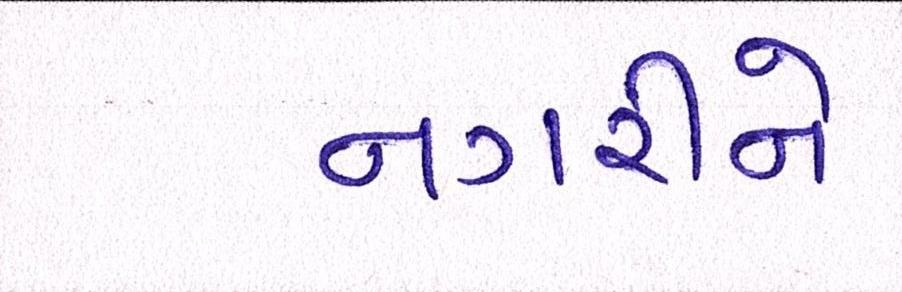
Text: નગરીને